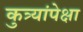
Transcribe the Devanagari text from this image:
कुत्र्यांपेक्षा